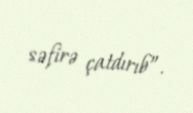
səfirə çatdırıb”.